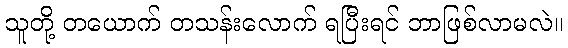
သူတို့ တယောက် တသန်းလောက် ရပြီးရင် ဘာဖြစ်လာမလဲ။